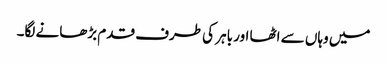
میں وہاں سے اٹھا اور باہر کی طرف قدم بڑھانے لگا۔